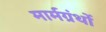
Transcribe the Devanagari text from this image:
मार्मग्रंथों